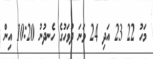
މަހު 22 23 އަދި 24 ވަނަ ދުވަހުގެ ހެނދުނު 10:20 އިން